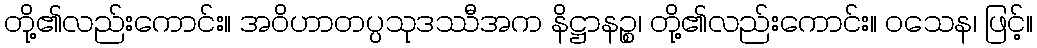
တို့၏လည်းကောင်း။ အဝိဟာတပ္ပသုဒဿီအက နိဋ္ဌာနဉ္စ၊ တို့၏လည်းကောင်း။ ဝသေန၊ ဖြင့်။